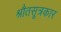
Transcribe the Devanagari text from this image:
श्रौतसूत्रकार